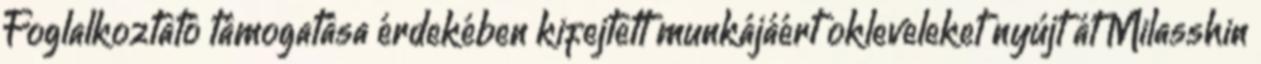
Foglalkoztató támogatása érdekében kifejtett munkájáért okleveleket nyújt át Milasshin